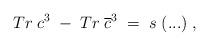
LaTeX: \begin{align*}Tr\;c^3\;-\;Tr\;\overline{c}^3\;=\;s\;(...)\;,\end{align*}